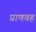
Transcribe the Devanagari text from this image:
प्राणवह